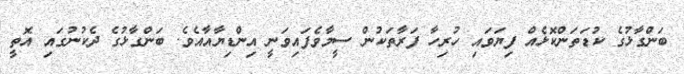
ބަންގާޅުގެ ކުޑަތަންކޮޅެއް ފިޔަވައި ހުރިހާ ފަރާތަކުން ސީމާވެފައިވަނީ އިންޑިޔާއާއެވެ. ބަންގާޅުގެ ދެކުނުގައި އޮތީ